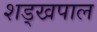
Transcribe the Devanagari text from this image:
शड्खपाल